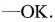
-OK.